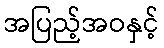
အပြည့်အဝနှင့်